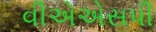
વીએએસપી